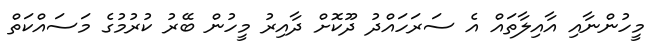
މީހުންނާއި އާއިލާތައް އެ ސަރަހައްދު ދޫކޮށް ދާއިރު މީހުން ބޭރު ކުރުމުގެ މަސައްކަތް